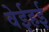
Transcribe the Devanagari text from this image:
वेईहई